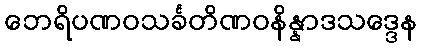
ဘေရိပဏဝသင်္ခတိဏဝနိန္နာဒသဒ္ဒေန